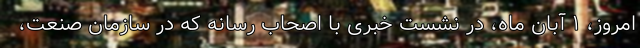
امروز، ۱ آبان ماه، در نشست خبری با اصحاب رسانه که در سازمان صنعت،